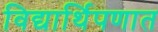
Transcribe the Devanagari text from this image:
विद्यार्थिपणात